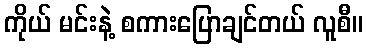
ကိုယ် မင်းနဲ့ စကားပြောချင်တယ် လူစီ။